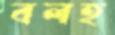
বলহ